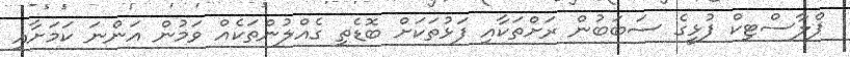
ޕްލާސްޓިކް ފުޅީގެ ސަބަބުން ރަށްތަކާއި ފަޅުތަކަށް ބޮޑެތި ގެއްލުންތަކެއް ވަމުން އަންނަ ކަމަށާއި